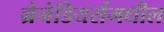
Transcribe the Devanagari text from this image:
ग्रेनेडियर्समधील